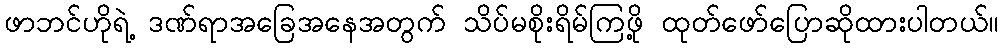
ဖာဘင်ဟိုရဲ့ ဒဏ်ရာအခြေအနေအတွက် သိပ်မစိုးရိမ်ကြဖို့ ထုတ်ဖော်ပြောဆိုထားပါတယ်။